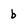
Character: b